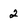
Character: 2